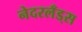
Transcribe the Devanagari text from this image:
नेदरलँड्‌स